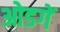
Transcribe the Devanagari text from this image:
ओडगें